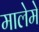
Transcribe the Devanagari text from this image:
मालेमे